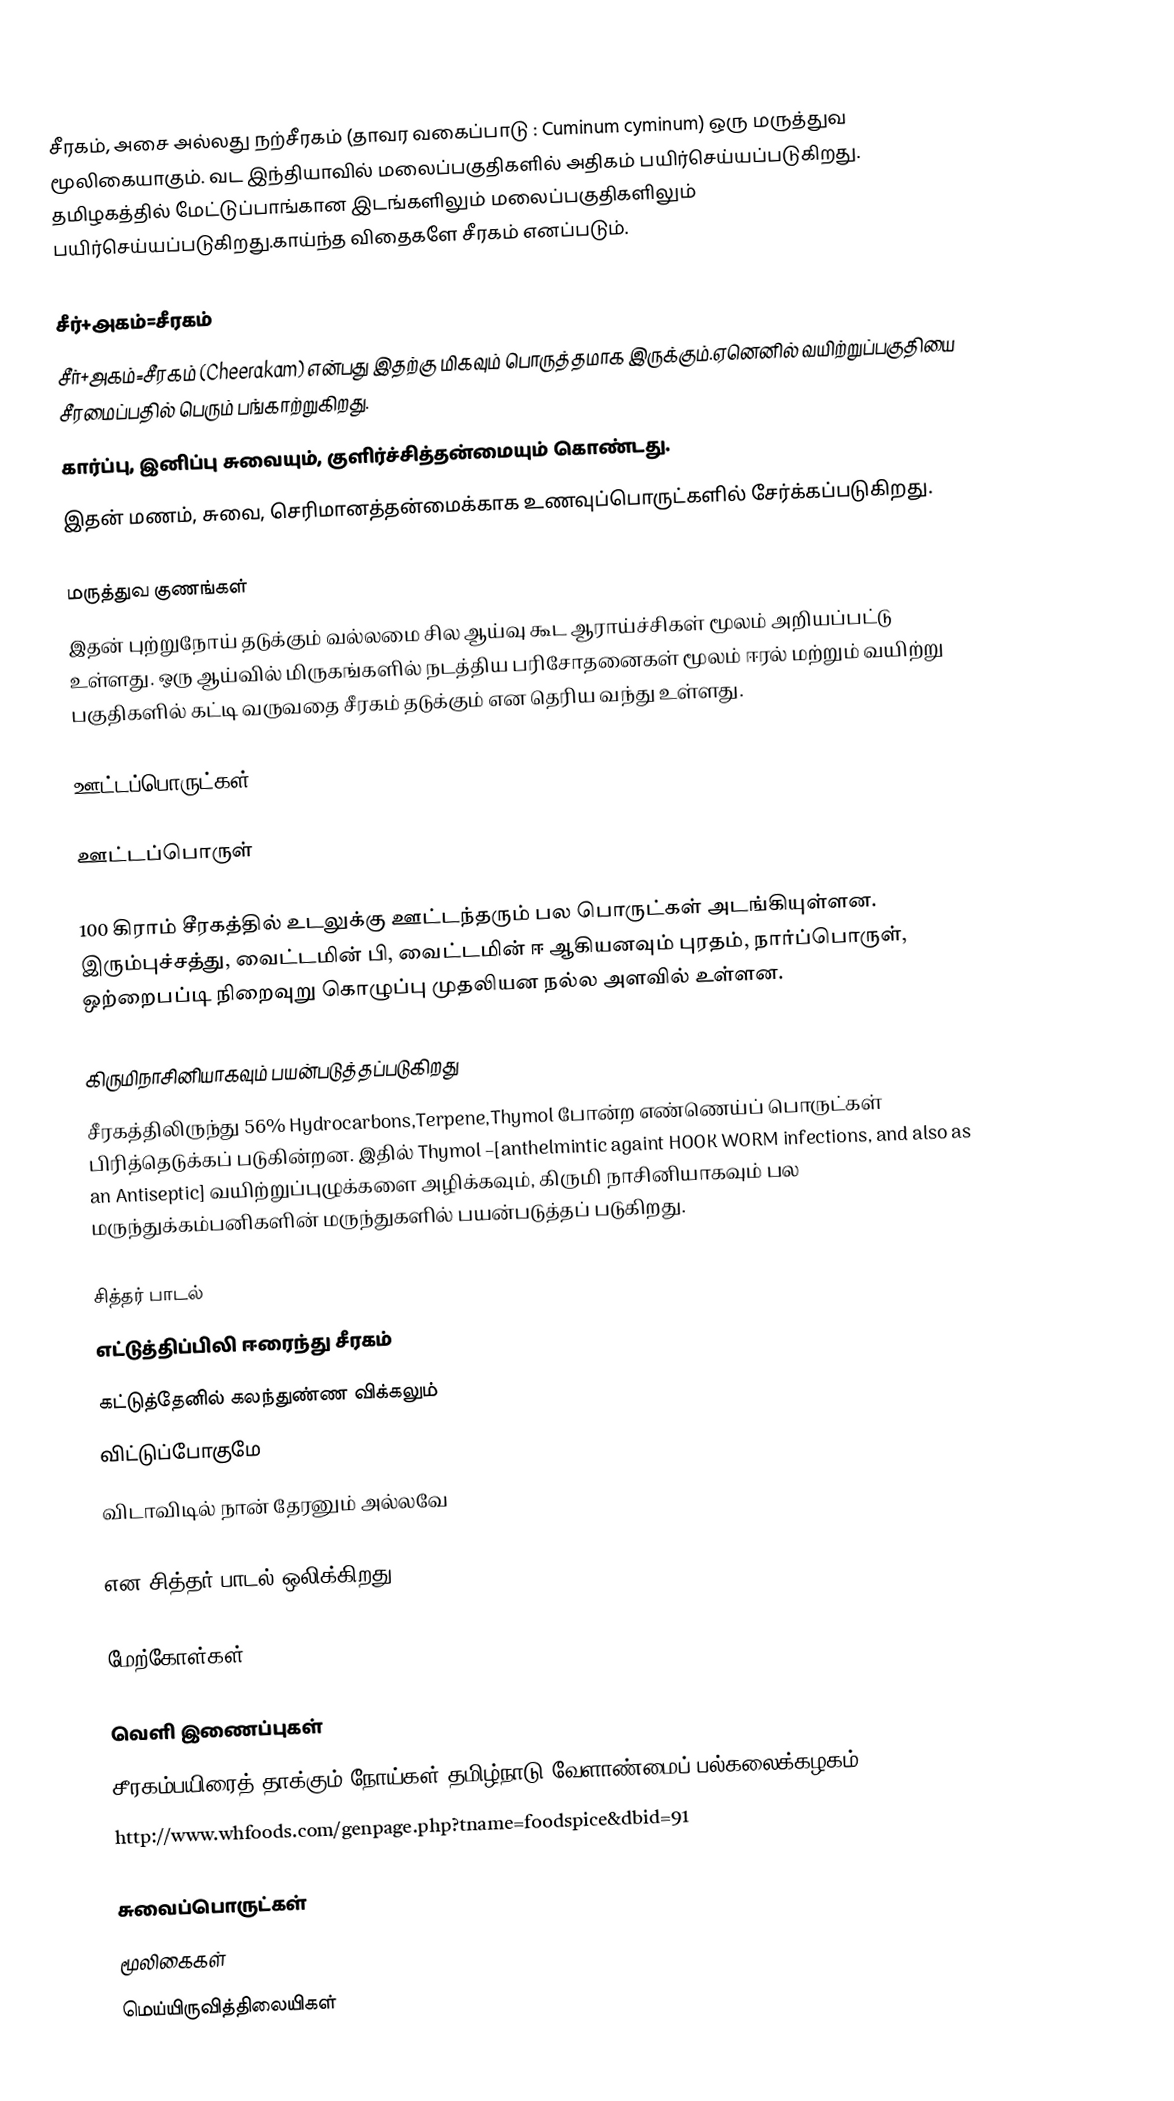
சீரகம், அசை அல்லது நற்சீரகம் (தாவர வகைப்பாடு : Cuminum cyminum) ஒரு மருத்துவ மூலிகையாகும். வட இந்தியாவில் மலைப்பகுதிகளில் அதிகம் பயிர்செய்யப்படுகிறது. தமிழகத்தில் மேட்டுப்பாங்கான இடங்களிலும் மலைப்பகுதிகளிலும் பயிர்செய்யப்படுகிறது.காய்ந்த விதைகளே சீரகம் எனப்படும்.

சீர்+அகம்=சீரகம்
சீர்+அகம்=சீரகம் (Cheerakam) என்பது இதற்கு மிகவும் பொருத்தமாக இருக்கும்.ஏனெனில் வயிற்றுப்பகுதியை சீரமைப்பதில் பெரும் பங்காற்றுகிறது.
கார்ப்பு, இனிப்பு சுவையும், குளிர்ச்சித்தன்மையும் கொண்டது.
இதன் மணம், சுவை, செரிமானத்தன்மைக்காக உணவுப்பொருட்களில் சேர்க்கப்படுகிறது.

மருத்துவ குணங்கள்
இதன் புற்றுநோய் தடுக்கும் வல்லமை சில ஆய்வு கூட ஆராய்ச்சிகள் மூலம் அறியப்பட்டு உள்ளது. ஒரு ஆய்வில் மிருகங்களில் நடத்திய பரிசோதனைகள் மூலம் ஈரல் மற்றும் வயிற்று பகுதிகளில் கட்டி வருவதை சீரகம் தடுக்கும் என தெரிய வந்து உள்ளது.

ஊட்டப்பொருட்கள்

ஊட்டப்பொருள்

100 கிராம் சீரகத்தில் உடலுக்கு ஊட்டந்தரும் பல பொருட்கள் அடங்கியுள்ளன. இரும்புச்சத்து, வைட்டமின் பி, வைட்டமின் ஈ ஆகியனவும் புரதம், நார்ப்பொருள், ஒற்றைபப்டி நிறைவுறு கொழுப்பு முதலியன நல்ல அளவில் உள்ளன.

கிருமிநாசினியாகவும் பயன்படுத்தப்படுகிறது
சீரகத்திலிருந்து 56% Hydrocarbons,Terpene,Thymol போன்ற எண்ணெய்ப் பொருட்கள் பிரித்தெடுக்கப் படுகின்றன. இதில் Thymol –[anthelmintic againt HOOK WORM infections, and also as an Antiseptic] வயிற்றுப்புழுக்களை அழிக்கவும், கிருமி நாசினியாகவும் பல மருந்துக்கம்பனிகளின் மருந்துகளில் பயன்படுத்தப் படுகிறது.

சித்தர் பாடல்
எட்டுத்திப்பிலி ஈரைந்து சீரகம்
கட்டுத்தேனில் கலந்துண்ண விக்கலும்
விட்டுப்போகுமே
விடாவிடில் நான் தேரனும் அல்லவே

என சித்தர் பாடல் ஒலிக்கிறது.

மேற்கோள்கள்

வெளி இணைப்புகள்
 சீரகம்பயிரைத் தாக்கும் நோய்கள் தமிழ்நாடு வேளாண்மைப் பல்கலைக்கழகம்
 http://www.whfoods.com/genpage.php?tname=foodspice&dbid=91

சுவைப்பொருட்கள்
மூலிகைகள்
மெய்யிருவித்திலையிகள்